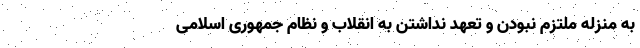
به منزله ملتزم نبودن و تعهد نداشتن به انقلاب و نظام جمهوری اسلامی